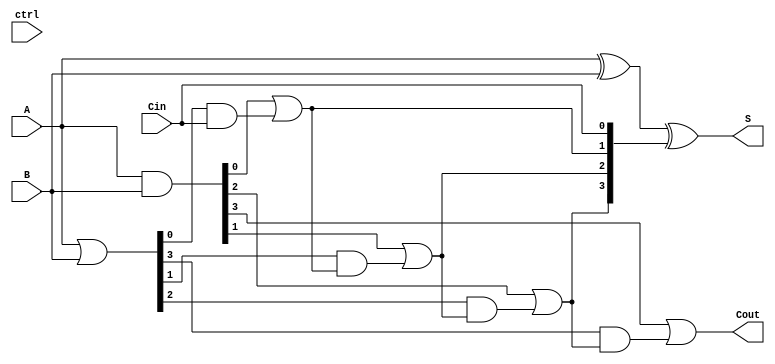
module VLCLA #(
    parameter N = 4 // Parameter for the width of the adder
) (
    input  wire [N-1:0] A,      // First n-bit input
    input  wire [N-1:0] B,      // Second n-bit input
    input  wire Cin,             // Carry input
    input  wire [N-1:0] ctrl,    // Control signal for variable latency
    output wire [N-1:0] S,       // n-bit sum output
    output wire Cout             // Carry output
);

    // Generate and Propagate signals
    wire [N-1:0] G; // Generate signals
    wire [N-1:0] P; // Propagate signals
    wire [N:0] C;   // Carry signals

    // Generate and Propagate calculations
    assign G = A & B;           // G_i = A_i AND B_i
    assign P = A | B;           // P_i = A_i OR B_i

    // Carry chain calculations
    assign C[0] = Cin;          // C0 = Cin

    genvar i;
    generate
        for (i = 0; i < N; i = i + 1) begin : carry_calc
            if (i == 0) begin
                assign C[i + 1] = G[i] | (P[i] & C[i]); // C1 = G0 OR (P0 AND C0)
            end else begin
                assign C[i + 1] = G[i] | (P[i] & C[i]); // C_i = G_i OR (P_i AND C_(i-1))
            end
        end
    endgenerate

    // Sum calculation
    assign S = A ^ B ^ C[N-1:0]; // S_i = A_i XOR B_i XOR C_i

    // Carry out
    assign Cout = C[N]; // Cout = C_n

endmodule